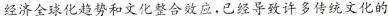
跺济全球化瓣势和文化垫令就应-已想导致许多得文化的